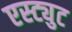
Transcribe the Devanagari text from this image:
एस्ट्युट